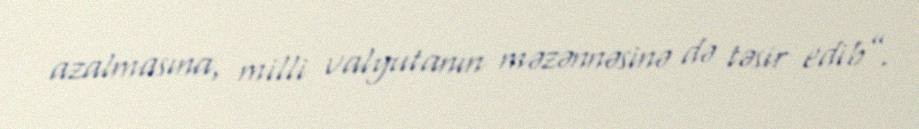
azalmasına, milli valyutanın məzənnəsinə də təsir edib”.